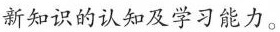
新知识的认知及学习能力。